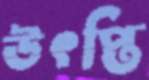
উৎপ্তি